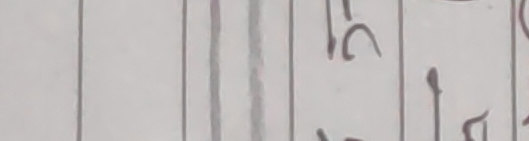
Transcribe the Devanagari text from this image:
८९